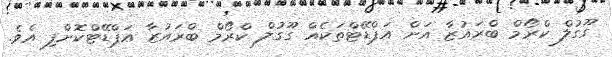
ގޫގުލް ކްރޯމް ބްރައުޒާ އަށް އަޕްޑޭޓްތަކެއް ގޫގުލް ކްރޯމް ބްރައުޒާ އަޕްޑޭޓްކޮށްފި އެވެ.